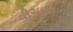
વીચારવાની